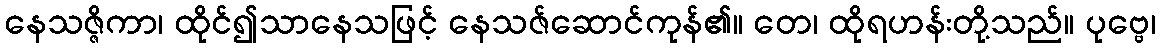
နေသဇ္ဇိကာ၊ ထိုင်၍သာနေသဖြင့် နေသဇ်ဆောင်ကုန်၏။ တေ၊ ထိုရဟန်းတို့သည်။ ပုဗ္ဗေ၊